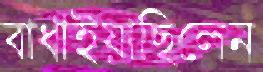
বাধাইয়াছিলেন